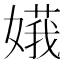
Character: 𪦙